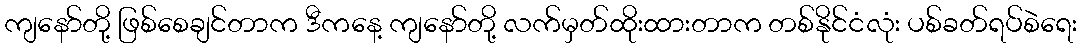
ကျနော်တို့ ဖြစ်စေချင်တာက ဒီကနေ့ ကျနော်တို့ လက်မှတ်ထိုးထားတာက တစ်နိုင်ငံလုံး ပစ်ခတ်ရပ်စဲရေး